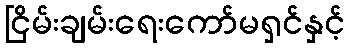
ငြိမ်းချမ်းရေးကော်မရှင်နှင့်